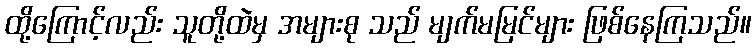
ထို့ကြောင့်လည်း သူတို့ထဲမှ အများစု သည် မျက်မမြင်များ ဖြစ်နေကြသည်။